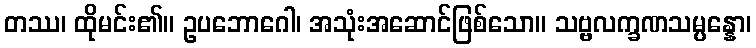
တဿ၊ ထိုမင်း၏။ ဥပဘောဂေါ၊ အသုံးအဆောင်ဖြစ်သော။ သဗ္ဗလက္ခဏသမ္ပန္နော၊